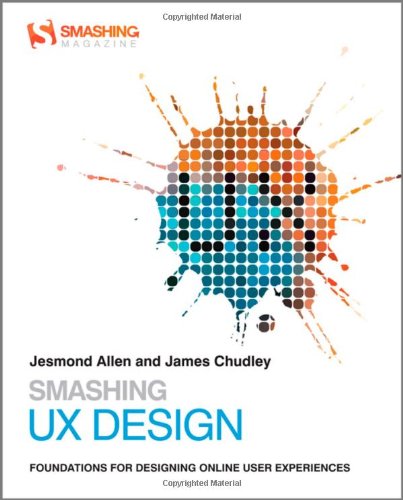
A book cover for Smashing UX Design: Foundations for Designing Online User Experiences; Jesmond Allen; Computers & Technology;